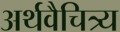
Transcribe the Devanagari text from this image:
अर्थवैचित्र्य